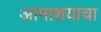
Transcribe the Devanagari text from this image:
आमाशयाचा